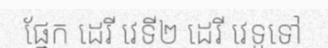
ផ្នែក ដេរី វេទី២ ដេរី វេទូទៅ